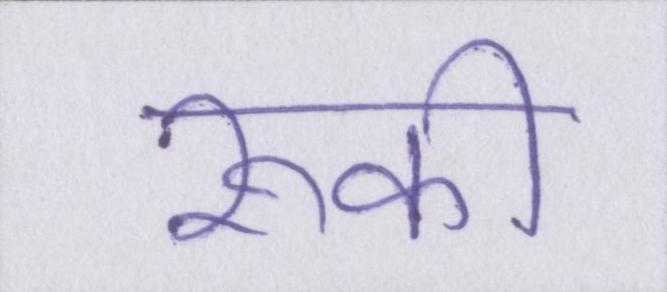
रूकी